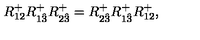
R _ { { 1 2 } } ^ { + } R _ { 1 { \hat { 3 } } } ^ { + } R _ { 2 { \hat { 3 } } } ^ { + } = R _ { 2 { \hat { 3 } } } ^ { + } R _ { 1 { \hat { 3 } } } ^ { + } R _ { { 1 2 } } ^ { + } ,